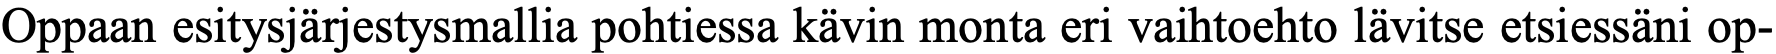
Oppaan esitysjärjestysmallia pohtiessa kävin monta eri vaihtoehto lävitse etsiessäni op-